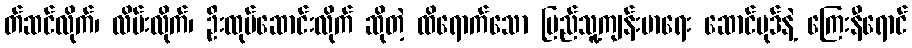
တ်ဆင်လိုက်၊ လိမ်းလိုက်၊ ဦးထုပ်ဆောင်းလိုက် ဆိုတဲ့ ထိရောက်သော ပြည်သူ့ကျန်းမာရေး ဆောင်ပုဒ်နဲ့ ကြေးနီရောင်